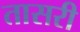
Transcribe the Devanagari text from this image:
तासरी